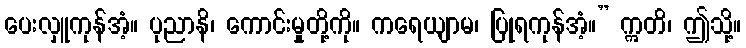
ပေးလှူကုန်အံ့။ ပုညာနိ၊ ကောင်းမှုတို့ကို။ ကရေယျာမ၊ ပြုရကုန်အံ့။” ဣတိ၊ ဤသို့။